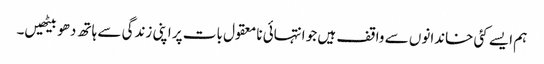
ہم ایسے کئی خاندانوں سے واقف ہیں جو انتہائی نامعقول بات پر اپنی زندگی سے ہاتھ دھو بیٹھیں۔